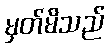
မှတ်မိသည်